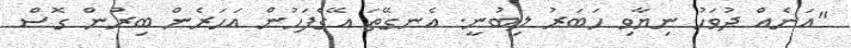
"އަނެއް ދުވަހު ނިޔާވި ހަބަރު ލިބުނީ. އެނގޭތަ އޭގެފަހުން އަހަރެން ބިރުން ގޮސް